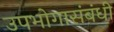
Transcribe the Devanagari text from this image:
उपभोगासंबंधी